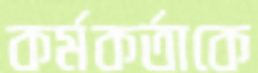
কর্মকর্তাকে